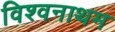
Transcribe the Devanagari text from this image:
विश्वनाथम